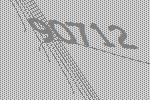
90712